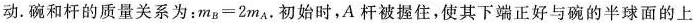
动.碗和杆的质量关系为：$$m_{B} = 2 m_{A}$$.初始时，A杆被握住，使其下端正好与碗的半球面的上